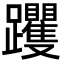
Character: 躩